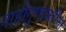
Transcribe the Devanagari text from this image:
नाडीगुणाकरिता